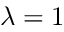
\lambda = 1